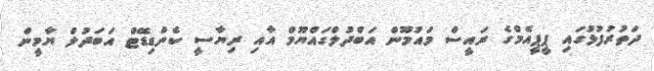
ދަތުރުފުޅުގައި ޕީޕީއެމްގެ ރައީސް މައުމޫން އަބްދުލްގައްޔޫމް އާއި ރިޔާސީ ކެންޑިޑޭޓް އަބަދުލް ޔާމީން